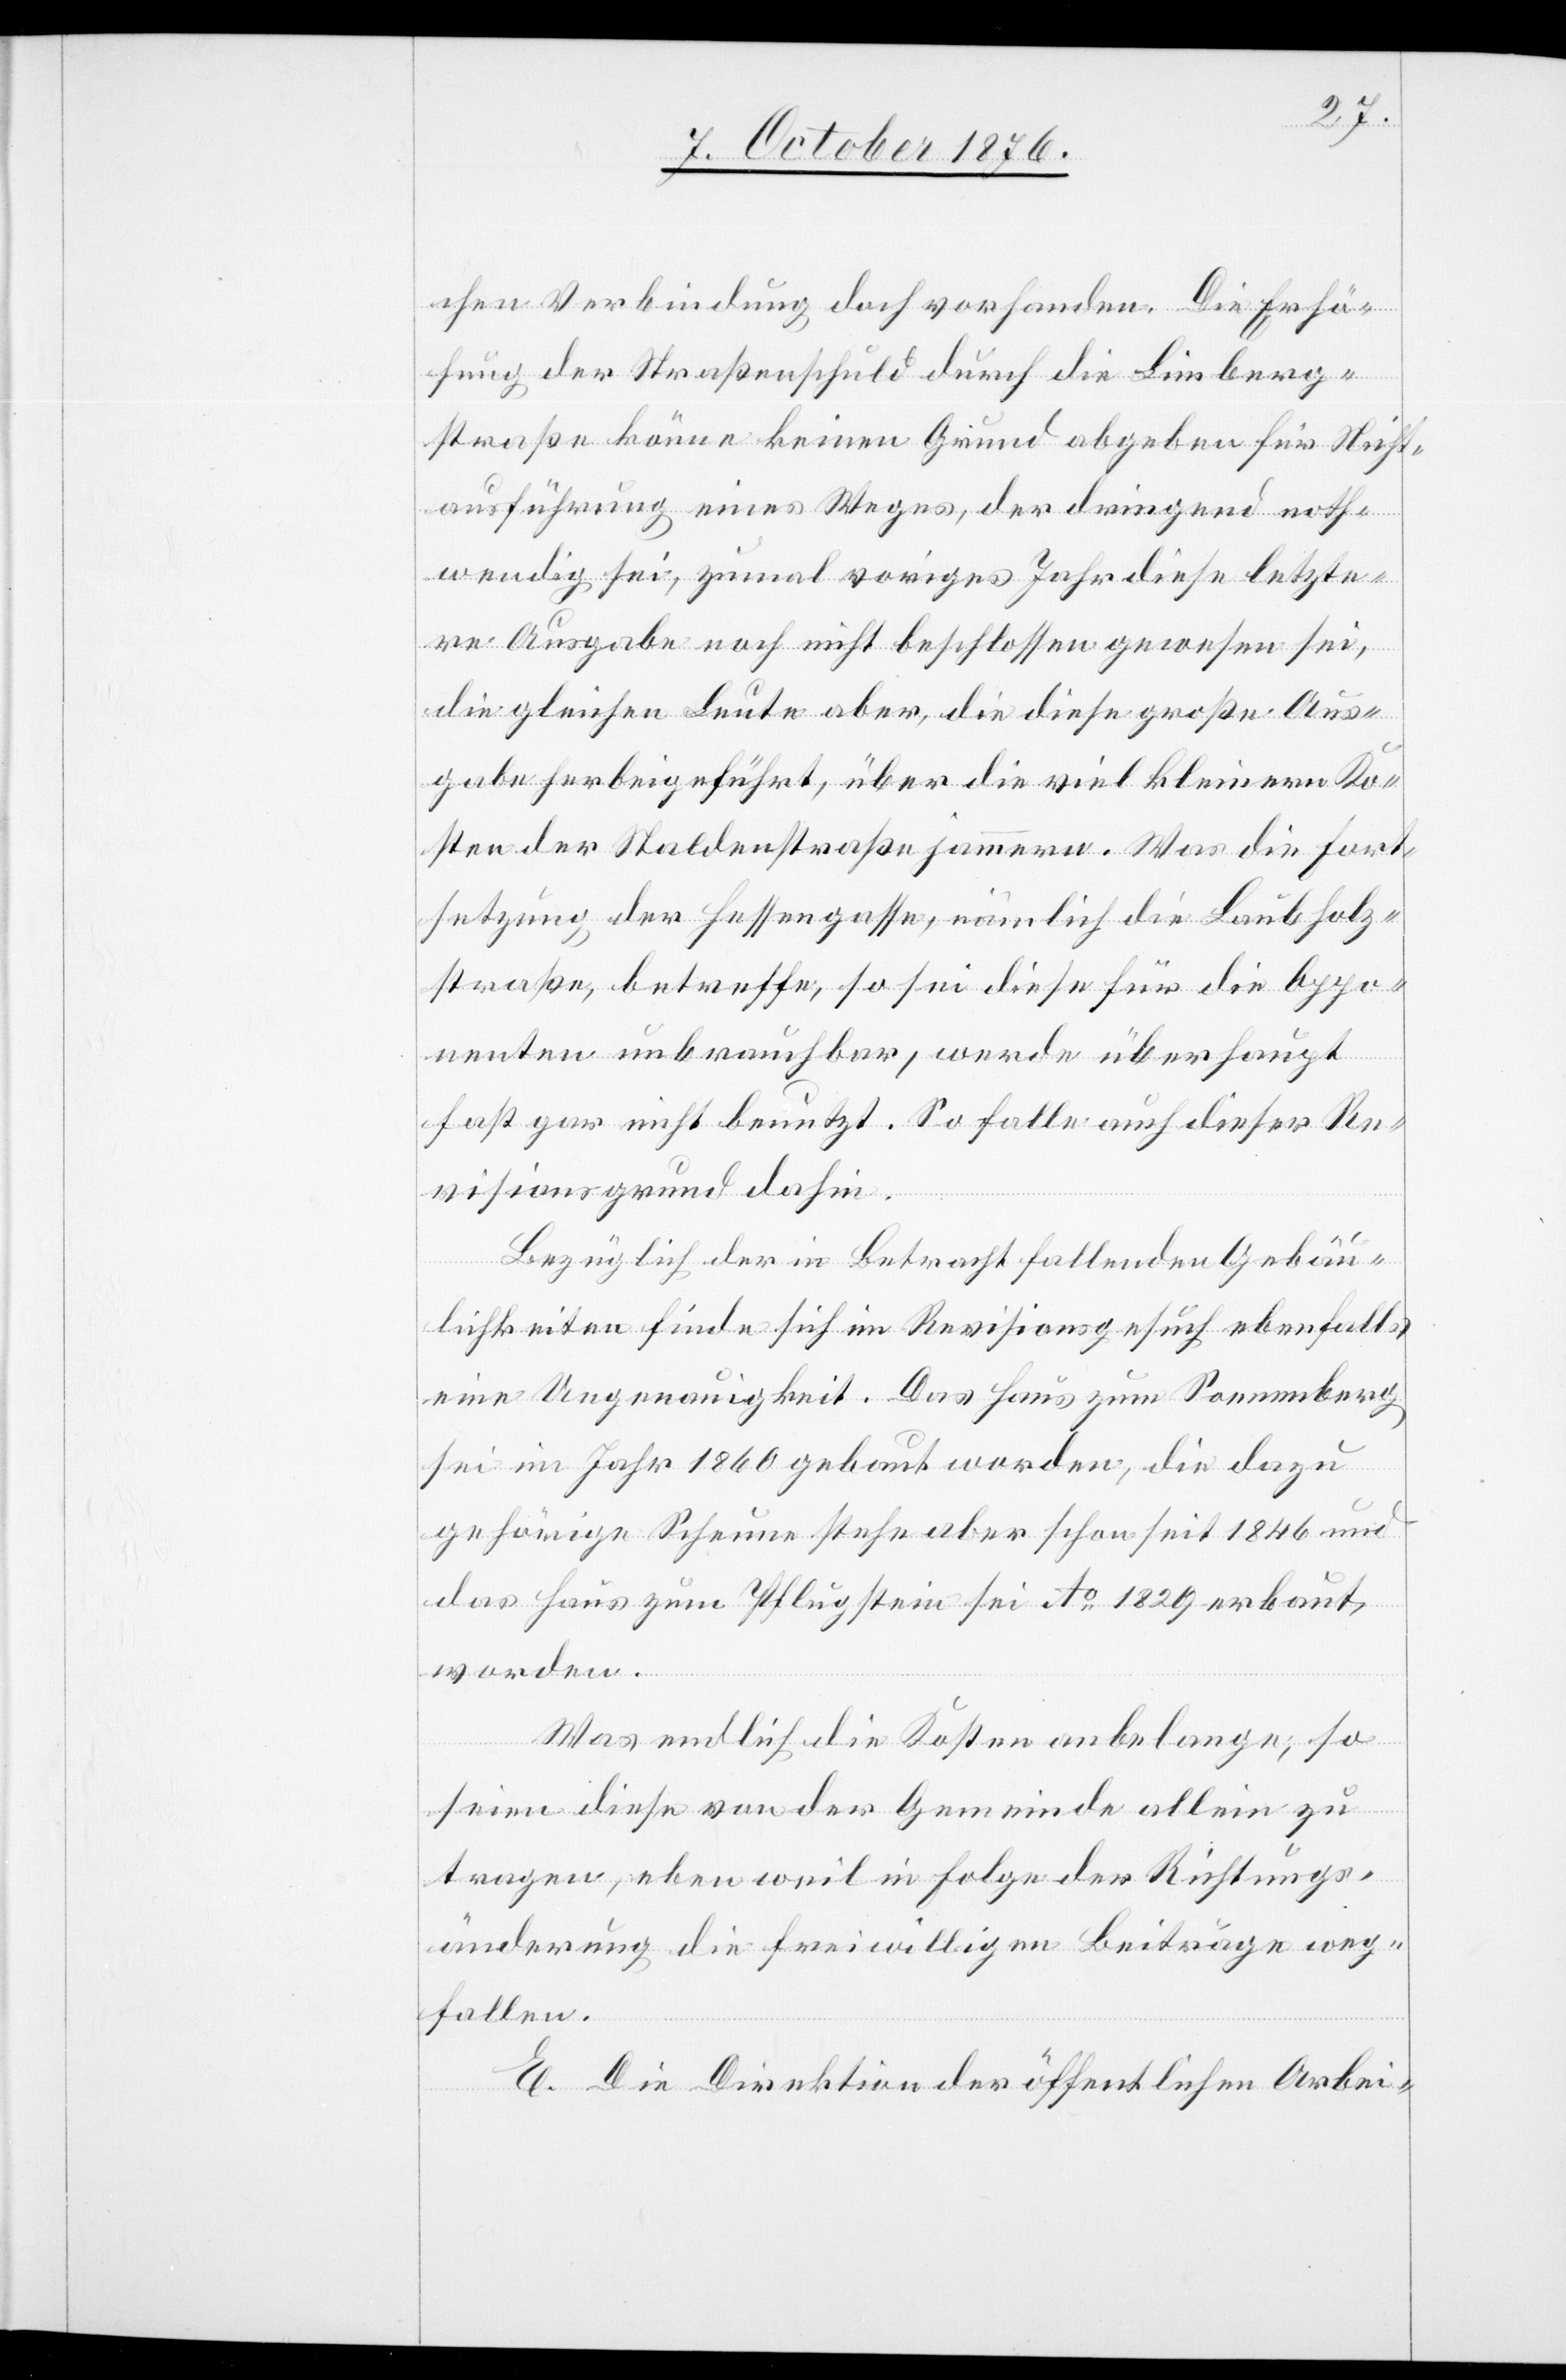
chen Verbindung doch vorhanden. Die Erhö¬
hung der Straßenschuld durch die Limberg¬
straße könne keinen Grund abgeben für Nicht¬
ausführung eines Weges, der dringend noth¬
wendig sei, zumal voriges Jahr diese letzte¬
re Ausgabe noch nicht beschlossen gewesen sei,
die gleichen Leute aber, die diese große Aus¬
gabe herbeigeführt, über die viel kleinern Ko¬
sten der Staldenstraße jammern. Was die Fort¬
setzung der Hessengasse, nämlich die Laubholz¬
straße, betreffe, so sei diese für die Oppo¬
nenten unbrauchbar, werde überhaupt
fast gar nicht benutzt. So falle auch dieser Re¬
visionsgrund dahin.
Bezüglich der in Betracht fallenden Gebäu¬
lichkeiten finde sich im Revisionsgesuch ebenfalls
eine Ungenauigkeit. Das Haus zum Sonnenberg
sei im Jahr 1860 gebaut worden, die dazu
gehörige Scheune stehe aber schon seit 1846 und
das Haus zum Pflugstein sei Ao 1829 erbaut
worden.
Was endlich die Kosten anbelange, so
seien diese von der Gemeinde allein zu
tragen, eben weil in Folge der Richtungs¬
änderung die freiwilligen Beiträge weg¬
fallen.
E. Die Direktion der öffentlichen Arbei-